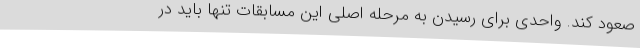
صعود کند. واحدی برای رسیدن به مرحله اصلی این مسابقات تنها باید در